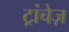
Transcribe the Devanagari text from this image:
ट्रांचेज़